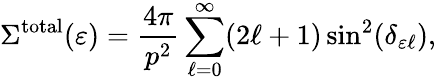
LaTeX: \Sigma^{\mathrm{total}}(\varepsilon)=\frac{4\pi}{p^{2}}\sum_{\ell=0}^{\infty}(2\ell+1)\sin^{2}(\delta_{\varepsilon\ell}),